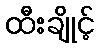
ထီးချိုင့်